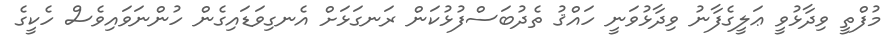
މުފްތީ ވިދާޅުވީ ޢަލީގެފާނު ވިދާޅުވަނީ ހައްޤު ތެދުބަސްފުޅުކަން ރަނގަޅަށް އެނގިވަޑައިގެން ހުންނަވައިވެސް ހެކީގެ